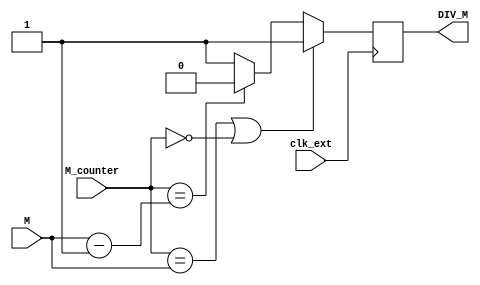
module FD_M(
  input [1:0] M,
  input clk_ext,
  input [1:0] M_counter,
  output reg DIV_M
);
  reg DIV_M_tmp;
  always @(posedge clk_ext) begin
      DIV_M <= DIV_M_tmp;
  end

  always @(*) begin
    if (M_counter == M || M_counter == 2'd0) begin
      DIV_M_tmp = 1;
    end else if (M_counter == M - 2'd1) begin
      DIV_M_tmp = 0;
    end else begin
      DIV_M_tmp = 1;
    end
  end

 endmodule